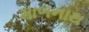
માળનાથ